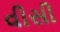
વીસી